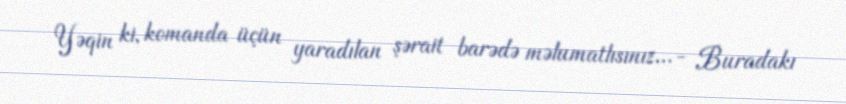
Yəqin ki, komanda üçün yaradılan şərait barədə məlumatlısınız...- Buradakı